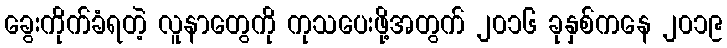
ခွေးကိုက်ခံရတဲ့ လူနာတွေကို ကုသပေးဖို့အတွက် ၂၀၁၆ ခုနှစ်ကနေ ၂၀၁၉